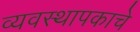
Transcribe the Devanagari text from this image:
व्यवस्थापकाचे